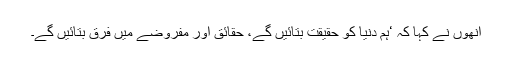
انھوں نے کہا کہ ‘ہم دنیا کو حقیقت بتائیں گے، حقائق اور مفروضے میں فرق بتائیں گے۔